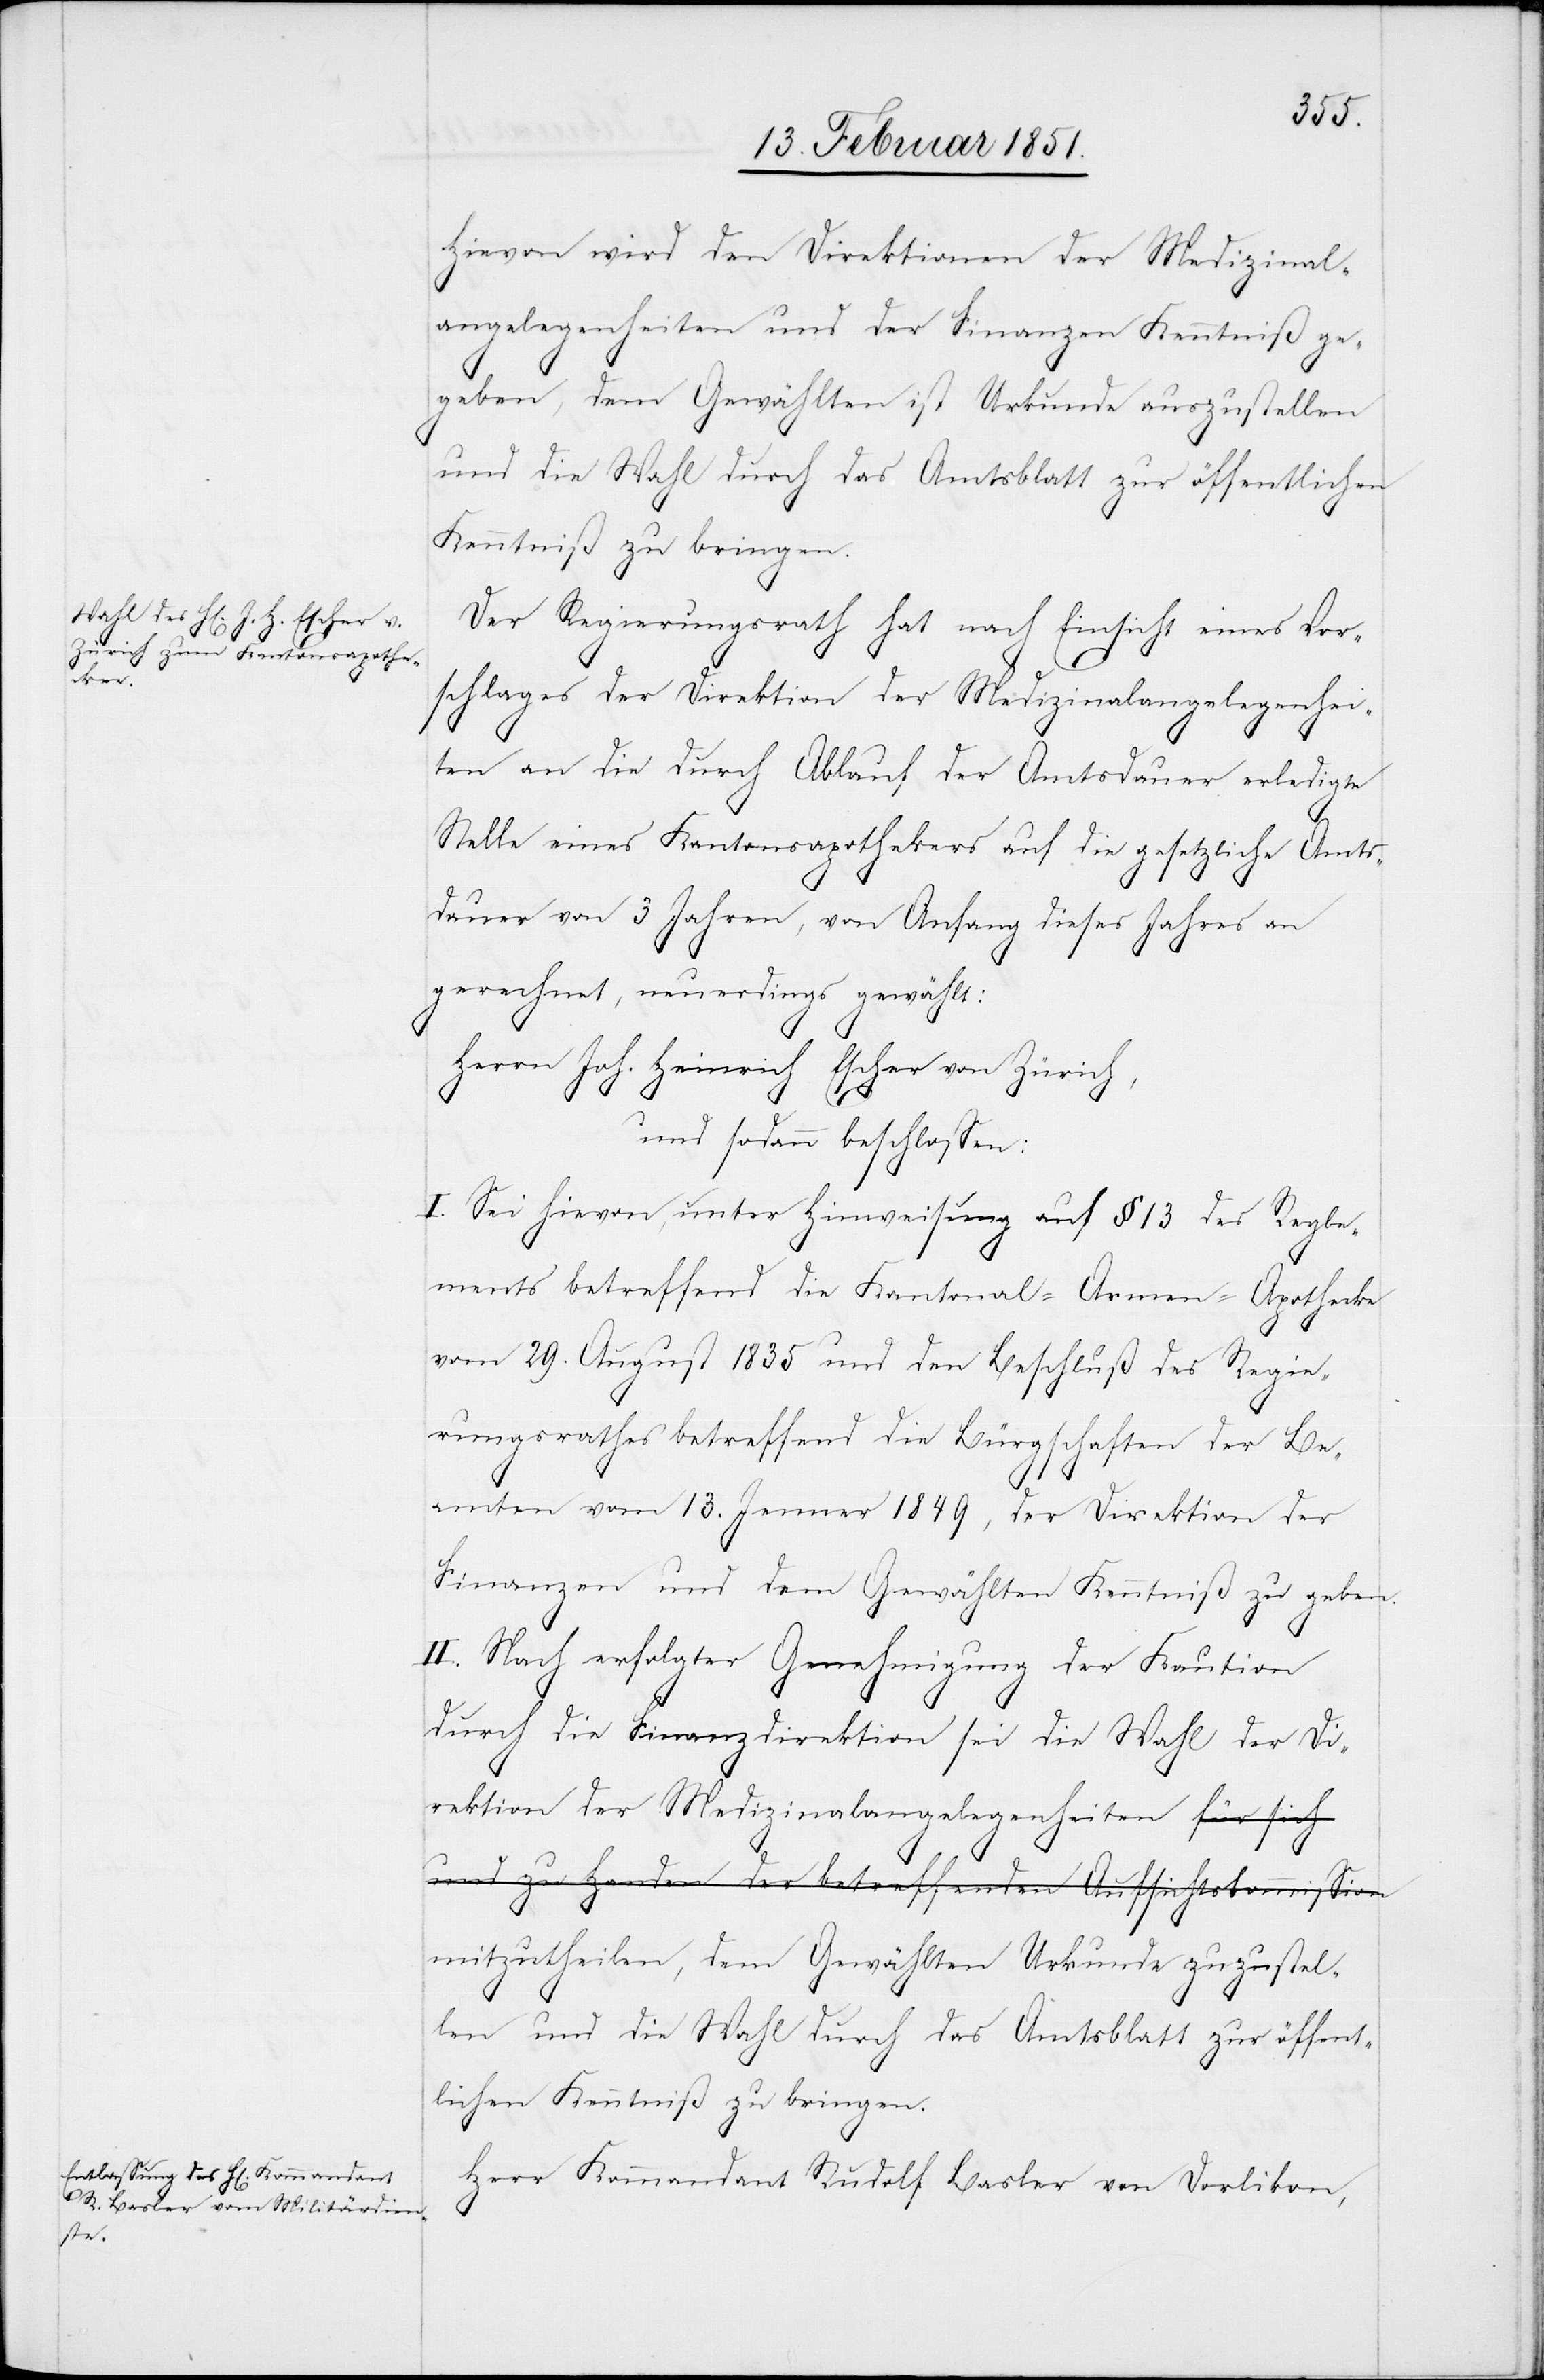
Hievon wird den Direktionen der Medizinal¬
angelegenheiten und der Finanzen Kenntniß ge¬
geben, dem Gewählten ist Urkunde auszustellen
und die Wahl durch das Amtsblatt zur öffentlichen
Kenntniß zu bringen.
Der Regierungsrath hat nach Einsicht eines Vor¬
schlages der Direktion der Medizinalangelegenhei¬
ten an die durch Ablauf der Amtsdauer erledigte
Stelle eines Kantonsapothekers auf die gesetzliche Amts¬
dauer von 3 Jahren, von Anfang dieses Jahres an
gerechnet, neuerdings gewählt:
Herrn Joh. Heinrich Escher von Zürich,
und sodann beschlossen:
I. Sei hievon unter Hinweisung auf § 13 des Regle¬
ments betreffend die Kantonal-Armen-Apothecke
vom 29. August 1835 und den Beschluß des Regie¬
rungsrathes betreffend die Bürgschaften der Be¬
amten vom 13. Jenner 1849, der Direktion der
Finanzen und dem Gewählten Kenntniß zu geben.
II. Nach erfolgter Genehmigung der Kaution
durch die Finanzdirektion sei die Wahl der Di¬
rektion der Medizinalangelegenheiten a-für sich
und zu Handen der betreffenden Aufsichtskommission-a
mitzutheilen, dem Gewählten Urkunde zuzustel¬
len und die Wahl durch das Amtsblatt zur öffent¬
lichen Kenntniß zu bringen.
Herr Kommandant Rudolf Basler von Dorlikon,